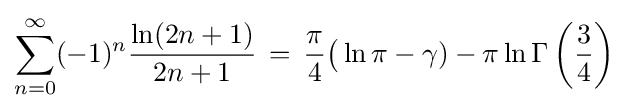
\sum _{n=0}^{\infty }(-1)^{n}{\frac {\ln(2n+1)}{2n+1}}\,=\,{\frac {\pi }{4}}{\big (}\ln \pi -\gamma )-\pi \ln \Gamma \left({\frac {3}{4}}\right)